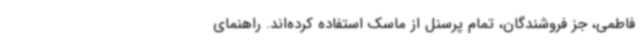
فاطمی، جز فروشندگان، تمام پرسنل از ماسک استفاده کرده‌اند. راهنمای